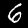
Digit: 6